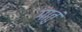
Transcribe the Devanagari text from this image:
गातुं